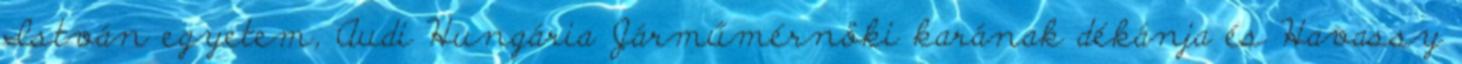
István egyetem, Audi Hungária Járműmérnöki karának dékánja és Havassy